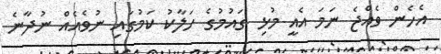
އެހެން ވެއްޖެ ނަމަ އެއީ މުޅި ގައުމުގެ ހަލާކު ކަމުގައި ނުވެއެއް ނުދާނެ